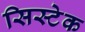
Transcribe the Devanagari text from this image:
सिस्टेक